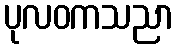
ပုလဝကသညာ